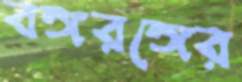
বঙ্গরঙ্গের